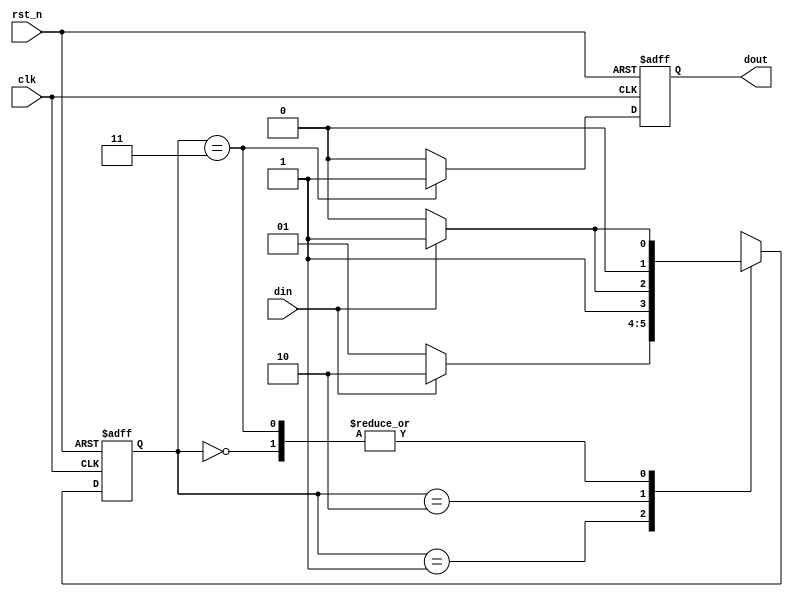
// The function of mod3
//aythor:WangFW

module mod3(clk,rst_n,din,dout);
	input clk,rst_n,din;
	output reg dout;

	parameter idle=2'b00,s1=2'b01,s2=2'b10,s3=2'b11;

	reg [1:0] state,next_state;

	always @(posedge clk or negedge rst_n)
		if(~rst_n)
			begin
				state<=idle;
			end
		else
			state<=next_state;

	always @(posedge clk or negedge rst_n)
		if(~rst_n)
			dout<=1'b0;
		else
			begin
				if(state==s3)
					dout<=1'b1;
				else
					dout<=1'b0;
			end

	always @(din or state)
		begin
			case(state)
				idle:begin
					if(din)
						next_state<=s1;
					else
						next_state<=idle;
					end
				s1:begin
					if(din)
						next_state<=s2;
					else
						next_state<=s1;
					end
				s2:begin
					if(din)
						next_state<=s3;
					else
						next_state<=s2;
					end
				s3:begin
					if(din)
						next_state<=s1;
					else
						next_state<=idle;
					end
				default:state<=idle;
			endcase
		end
endmodule